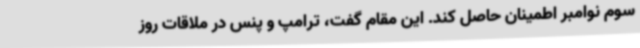
سوم نوامبر اطمینان حاصل کند. این مقام گفت، ترامپ و پنس در ملاقات روز